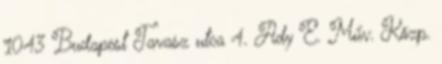
1043 Budapest Tavasz utca 4. Ady E. Műv. Közp.